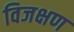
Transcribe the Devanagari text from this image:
विजक्षण